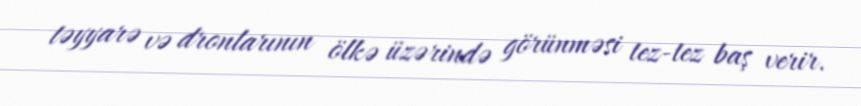
təyyarə və dronlarının ölkə üzərində görünməsi tez-tez baş verir.